Annual report on the Civil Veterinary Department, Burma (including the Insein Veterinary School) - 1932-1941
Year: 1932
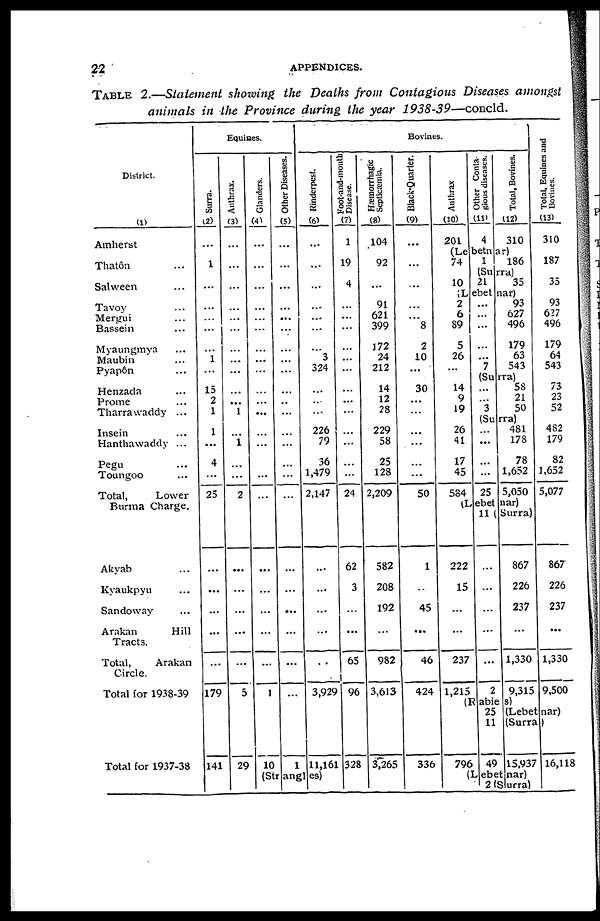
22
APPENDICES.
TABLE 2.—Statement showing the Deaths from Contagious Diseases amongst
animals in the Province during the year 1938-39—concld.
District.
(1)
Amherst
Thatôn ...
Salween ...
Tavoy ...
Mergui ...
Bassein ...
Myaungmya ...
Maubin ...
Pyapôn ...
Henzada ...
Prome ...
Tharrawaddy ...
Insein ...
Hanthawaddy ...
Pegu ...
Toungoo ...
Total,
Lower
Burma Charge.
Akyab ...
Kyaukpyu ...
Sandoway ...
Arakan
Hill
Tracts.
Total,
Arakan
Circle.
Total for 1938-39
Total for 1937-38
Equines.
Surra.
(2)
...
1
...
...
...
...
...
1
...
15
2
1
1
...
4
...
25
...
...
...
...
...
179
141
Anthrax.
(3)
...
...
...
...
...
...
...
...
...
...
...
1
...
1
...
...
2
...
...
...
...
...
5
29
Glanders.
(4)
...
...
...
...
...
...
...
...
...
...
...
...
...
...
...
...
...
...
...
...
...
...
1
10
Other Diseases.
(5)
...
...
...
...
...
...
...
...
...
...
......
...
...
...
...
...
...
...
...
...
...
...
1
Bovines.
Rinderpest.
(6)
...
...
...
...
...
...
...
3
324
...
...
...
226
79
36
1,479
2,147
...
...
...
...
...
3,929
11,161
(Strangles)
Foot-and-mouth]
Disease.
(7)
1
19
4
...
...
...
...
...
...
...
...
...
...
...
...
...
24
62
3
...
...
65
96
328
Hæmorrhagic
Septicæmia.
(8)
104
92
...
91
621
399
172
24
212
14
12
28
229
58
25
128
2,209
582
208
192
...
982
3,613
3,265
Black-Quarter.
(9)
...
...
...
...
...
8
2
10
...
30
...
...
...
...
...
...
50
1
...
45
...
46
424
336
Anthrax
(10)
201
Other Conta-
gious diseases.
(11)
4
Total. Bovines.
(12)
310
(Lebetnar)
74
10
1
186
(Surra)
21
35
(Lebetnar)
2
6
89
5
26
...
14
9
19
26
41
17
45
584
...
...
...
...
... 7
93
627
496
179
63
543
(Surra)
...
...
3
58
21
50
Total, Equines and
Bovines.
(13)
310
187
35
93
627
496
179
64
543
73
23
52
(Surra)
...
...
...
...
25
481
178
78
1,652
5,050
(Lebetnar)
11
Surra)
222
15
...
...
237
1,215
796
...
...
...
...
...
2
49
867
226
237
...
1,330
9,315
15,937
482
179
82
1,652
5,077
867
226
237
...
1,330
9,500
16,118
(Lebetnar)
2 (Surra)